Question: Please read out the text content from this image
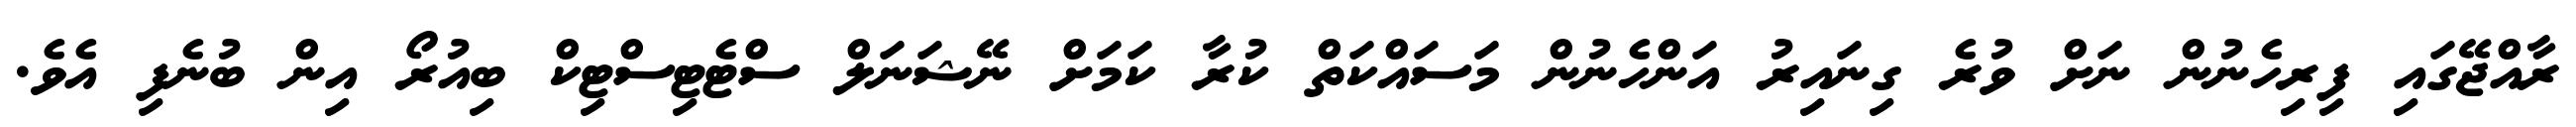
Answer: ރާއްޖޭގައި ފިރިހެނުން ނަށް ވުރެ ގިނައިރު އަންހެނުން މަސައްކަތް ކުރާ ކަމަށް ނޭޝަނަލް ސްޓެޓިސްޓިކް ބިއުރޯ އިން ބުނެފި އެވެ.